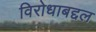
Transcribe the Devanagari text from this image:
विरोधाबद्दल